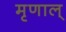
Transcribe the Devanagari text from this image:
मृणाल्